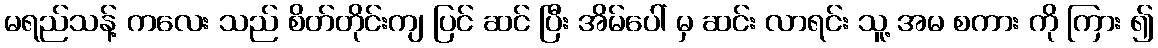
မရည်သန့် ကလေး သည် စိတ်တိုင်းကျ ပြင် ဆင် ပြီး အိမ်ပေါ် မှ ဆင်း လာရင်း သူ့ အမ စကား ကို ကြား ၍